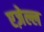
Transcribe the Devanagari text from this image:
एज़ेल्ल